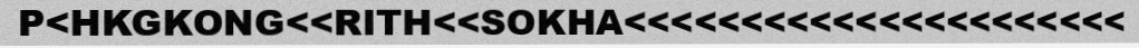
P<HKGKONG<<RITH<<SOKHA<<<<<<<<<<<<<<<<<<<<<<